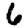
Digit: 6